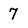
Character: 7